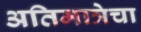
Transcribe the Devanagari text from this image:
अतिमात्रेचा